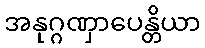
အနုဂ္ဂဏှာပေန္တိယာ